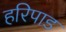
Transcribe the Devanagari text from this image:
हरिपाड